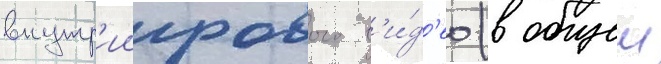
внутр'иигрового в'и́д'ео (в общеи